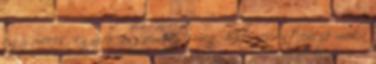
egy meccs, egy erőösszemérés, meg hát szerintem jó móka